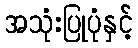
အသုံးပြုပုံနှင့်